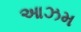
આઝમ